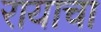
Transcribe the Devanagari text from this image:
रायाचा